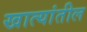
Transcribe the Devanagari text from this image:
खात्यांतील